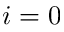
i = 0